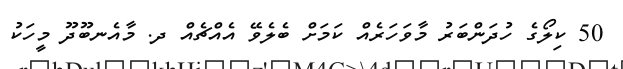
50 ކިލޯގެ ހުދަންބަރު މާވަހަރެއް ކަމަށް ބެލެވޭ އެއްޗެއް ދ. މާއެނބޫދޫ މީހަކު